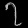
Digit: ၇